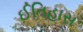
ઈતિહાસ